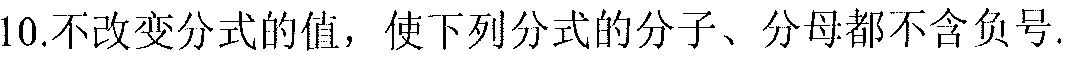
10.不改变分式的值，使下列分式的分子、分母都不含负号.